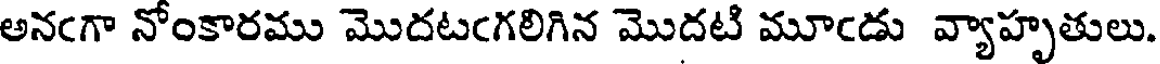
అనఁగా నోంకారము మొదటఁగలిగిన మొదటి మూఁడు వ్యాహృతులు.